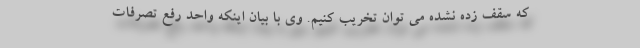
که سقف زده نشده می توان تخریب کنیم. وی با بیان اینکه واحد رفع تصرفات